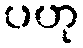
ပဟု